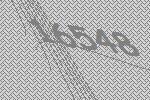
16548